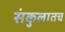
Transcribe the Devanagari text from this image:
संकुलातच